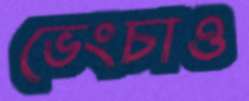
ভেংচাও